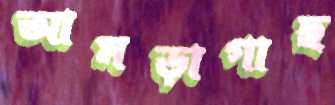
আমড়াগাছ